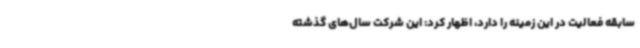
سابقه فعالیت در این زمینه را دارد، اظهار کرد: این شرکت سال‌های گذشته